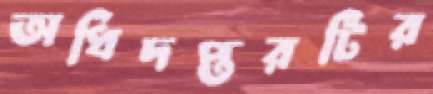
অধিদপ্তরটির